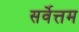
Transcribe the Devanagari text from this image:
सर्वेत्तम